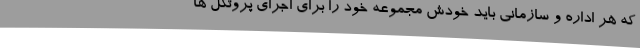
که هر اداره و سازمانی باید خودش مجموعه خود را برای اجرای پروتکل ها